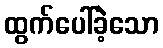
ထွက်ပေါ်ခဲ့သော